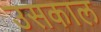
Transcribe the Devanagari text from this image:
उसकाल